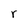
Character: r